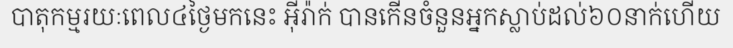
បាតុកម្មរយៈពេល៤ថ្ងៃមកនេះ អ៊ីរ៉ាក់ បានកើនចំនួនអ្នកស្លាប់ដល់៦០នាក់ហើយ